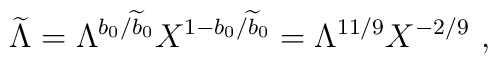
{\widetilde \Lambda}=\Lambda^{b_0/{\widetilde b}_0} X^{1-b_0/{\widetilde b}_0} = \Lambda^{11/9}X^{-2/9}~,